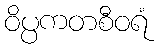
ဝိပ္ပကတစီဝရံ